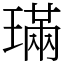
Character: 璊